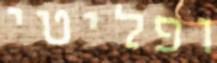
ופליטי